Report of the Indian Hemp Drugs Commission, 1894-1895 - Volume IV
Year: 1894
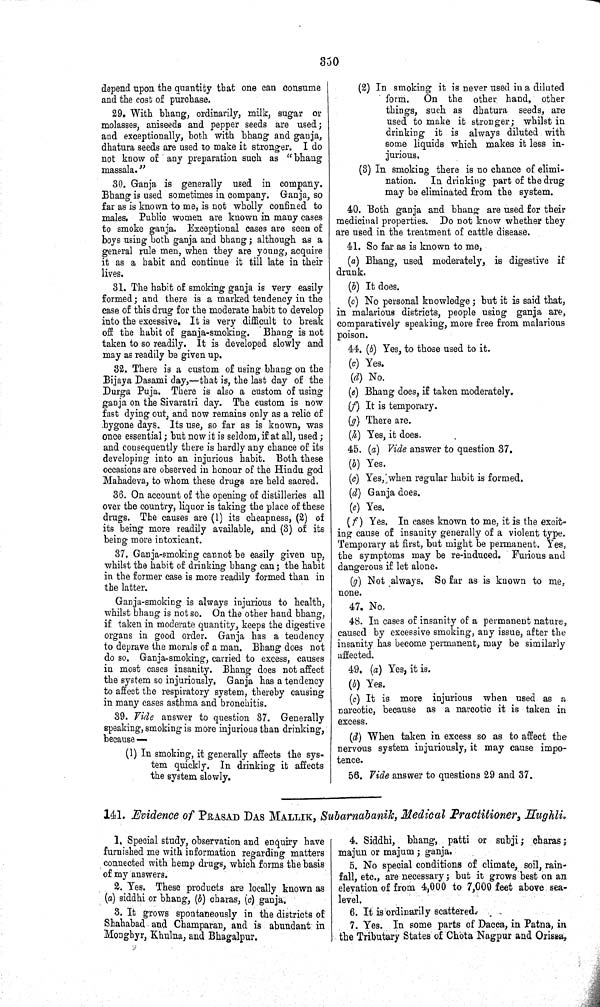
350
depend upon the quantity that one can consume
and the cost of purchase.
29. With bhang, ordinarily, milk, sugar or
molasses, aniseeds and pepper seeds are used;
and exceptionally, both with bhang and ganja,
dhatura seeds are used to make it stronger. I do
not know of any preparation such as "bhang
massala."
30. Ganja is generally used in company.
Bhang is used sometimes in company. Ganja, so
far as is known to me, is not wholly confined to
males. Public women are known in many cases
to smoke ganja. Exceptional cases are seen of
boys using both ganja and bhang; although as a
general rule men, when they are young, acquire
it as a habit and continue it till late in their
lives.
31. The habit of smoking ganja is very easily
formed; and there is a marked tendency in the
case of this drug for the moderate habit to develop
into the excessive. It is very difficult to break
off the habit of ganja-smoking. Bhang is not
taken to so readily. It is developed slowly and
may as readily be given up.
32. There is a custom of using bhang on the
Bijaya Dasami day,—that is, the last day of the
Durga Puja. There is also a custom of using
ganja on the Sivaratri day. The custom is now
fast dying out, and now remains only as a relic of
bygone days. Its use, so far as is known, was
once essential; but now it is seldom, if at all, used;
and consequently there is hardly any chance of its
developing into an injurious habit. Both these
occasions are observed in honour of the Hindu god
Mahadeva, to whom these drugs are held sacred.
36. On account of the opening of distilleries all
over the country, liquor is taking the place of these
drugs. The causes are (1) its cheapness, (2) of
its being more readily available, and (3) of its
being more intoxicant.
37. Ganja-smoking cannot be easily given up,
whilst the habit of drinking bhang can; the habit
in the former case is more readily formed than in
the latter.
Ganja-smoking is always injurious to health,
whilst bhang is not so. On the other hand bhang,
if taken in moderate quantity, keeps the digestive
organs in good order. Ganja has a tendency
to deprave the morals of a man. Bhang does not
do so. Ganja-smoking, carried to excess, causes
in most cases insanity. Bhang does not affect
the system so injuriously. Ganja has a tendency
to affect the respiratory system, thereby causing
in many cases asthma and bronchitis.
39. Vide answer to question 37. Generally
speaking, smoking is more injurious than drinking,
because—
(1) In smoking, it generally affects the sys-
tem quickly. In drinking it affects
the system slowly.
(2) In smoking it is never used in a diluted
form.
On the other hand, other
things, such as dhatura seeds, are
used to make it stronger; whilst in
drinking it is always diluted with
some liquids which makes it less in-
jurious.
(3) In smoking there is no chance of elimi-
nation. In drinking part of the drug
may be eliminated from the system.
40. Both ganja and bhang are used for their
medicinal properties. Do not know whether they
are used in the treatment of cattle disease.
41. So far as is known to me,
(a) Bhang, used moderately, is digestive if
drunk.
(b) It does.
(c) No personal knowledge; but it is said that,
in malarious districts, people using ganja are,
comparatively speaking, more free from malarious
poison.
44. (b) Yes, to those used to it.
(c) Yes.
(d) No.
(e) Bhang does, if taken moderately.
(f) It is temporary.
(g) There are.
(h) Yes, it does.
45. (a) Vide answer to question 37.
(b) Yes.
(c) Yes, when regular habit is formed.
(d) Ganja does.
(e) Yes.
(f) Yes. In cases known to me, it is the excit-
ing cause of insanity generally of a violent type.
Temporary at first, but might be permanent. Yes,
the symptoms may be re-induced. Furious and
dangerous if let alone.
(g) Not always. So far as is known to me,
none.
47. No.
48. In cases of insanity of a permanent nature,
caused by excessive smoking, any issue, after the
insanity has become permanent, may be similarly
affected.
49. (a) Yes, it is.
(b) Yes.
(c) It is more injurious when used as a
narcotic, because as a narcotic it is taken in
excess.
(d) When taken in excess so as to affect the
nervous system injuriously, it may cause impo-
tence.
56. Vide answer to questions 29 and 37.
141. Evidence of PRASAD DAS MALLIK, Subarnabanik, Medical Practitioner, Hughli.
1. Special study, observation and enquiry have
furnished me with information regarding matters
connected with hemp drugs, which forms the basis
of my answers.
2. Yes. These products are locally known as
(a) siddhi or bhang, (b) charas, (c) ganja.
3. It grows spontaneously in the districts of
Shahabad and Champaran, and is abundant in
Monghyr, Khulna, and Bhagalpur.
4. Siddhi, bhang, patti or subji; charas;
majun or majum; ganja.
5. No special conditions of climate, soil, rain-
fall, etc., are necessary; but it grows best on an
elevation of from 4,000 to 7,000 feet above sea-
level.
6. It is ordinarily scattered.
7. Yes. In some parts of Dacca, in Patna, in
the Tributary States of Chota Nagpur and Orissa,